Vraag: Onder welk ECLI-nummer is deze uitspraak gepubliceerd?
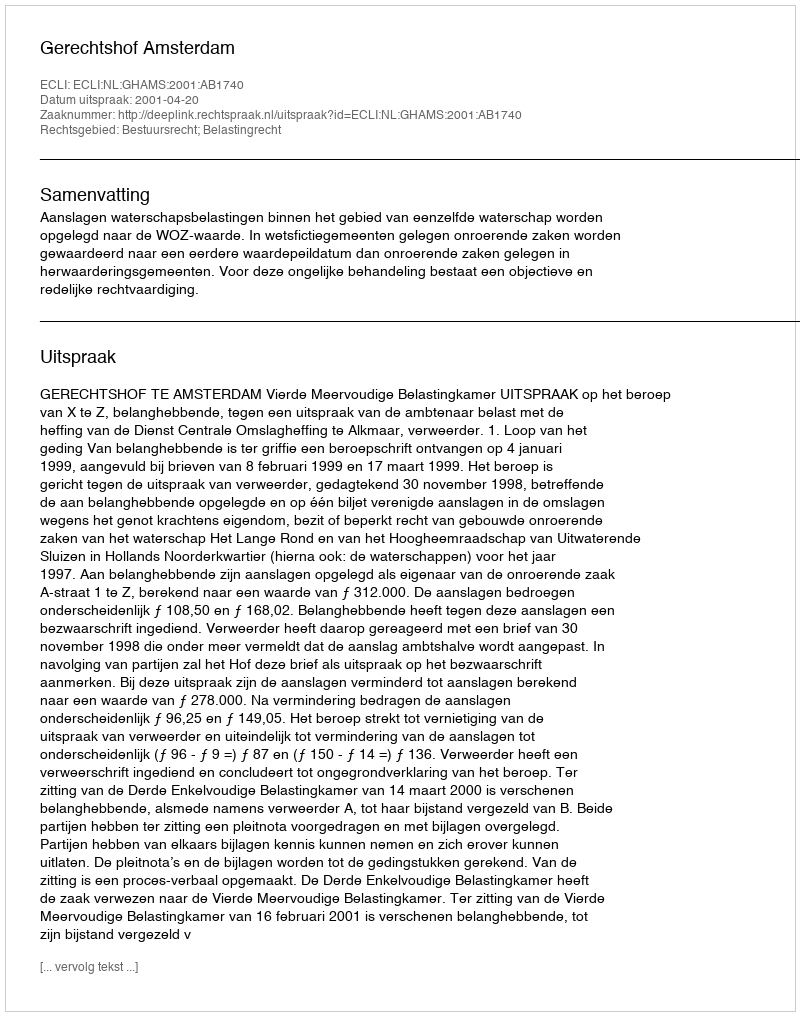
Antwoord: ECLI:NL:GHAMS:2001:AB1740